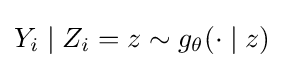
Y_{i}\mid Z_{i}=z\sim g_{\theta }(\cdot \mid z)